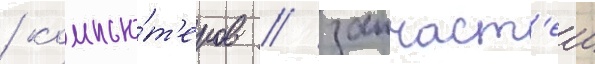
/ компью́т'еров / запчаст'еи